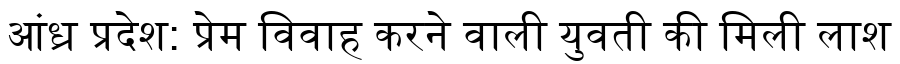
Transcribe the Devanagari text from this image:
आंध्र प्रदेश: प्रेम विवाह करने वाली युवती की मिली लाश